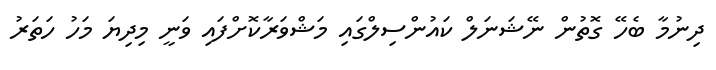
ދިނުމާ ބެހޭ ގޮތުން ނޭޝަނަލް ކައުންސިލްގައި މަޝްވަރާކޮށްފައި ވަނީ މިދިޔަ މަހު ހަތަރު